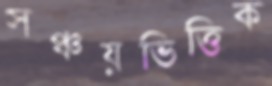
সঞ্চয়ভিত্তিক